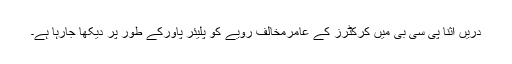
دریں اثنا پی سی بی میں کرکٹرز کے عامرمخالف رویے کو پلیئر پاورکے طور پر دیکھا جارہا ہے۔